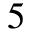
5